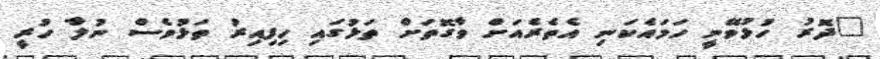
"ދޮރު ހުޅުވޭނީ ހަމައެކަނި އެތެރެއަށް ވާގޮތަށް ތަޅުގައި ހިފިއިރު ތަޅުވެސް ނުލާ ހުރީ